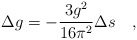
\begin{align*}\Delta g=-{3g^2\over 16\pi^2}\Delta s\quad,\end{align*}